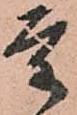
重